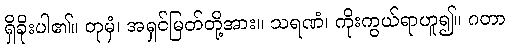
ရှိခိုးပါ၏။ တုမှံ၊ အရှင်မြတ်တို့အား။ သရဏံ၊ ကိုးကွယ်ရာဟူ၍။ ဂတာ